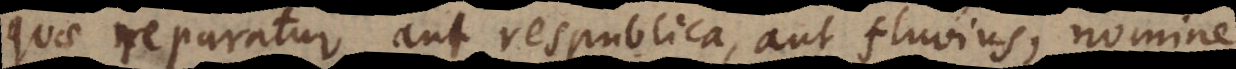
quae reparatur, aut respublica, aut fluvius, nomine